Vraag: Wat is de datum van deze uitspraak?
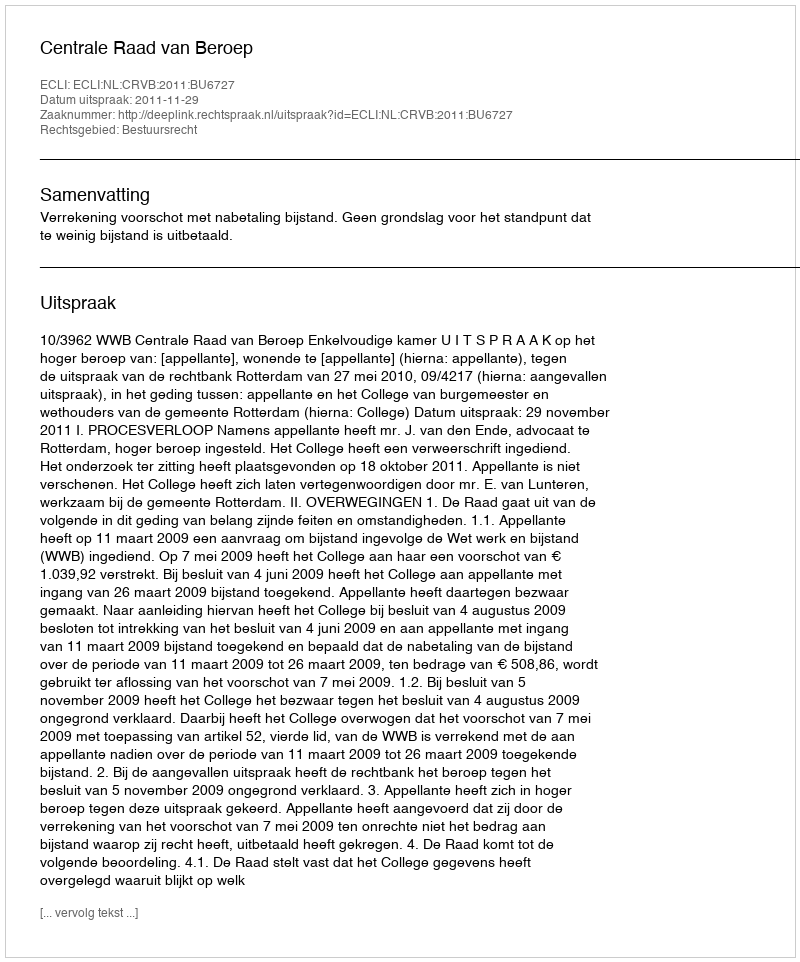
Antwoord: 2011-11-29